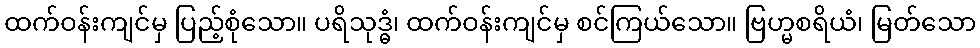
ထက်ဝန်းကျင်မှ ပြည့်စုံသော။ ပရိသုဒ္ဓံ၊ ထက်ဝန်းကျင်မှ စင်ကြယ်သော။ ဗြဟ္မစရိယံ၊ မြတ်သော